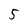
Character: 5